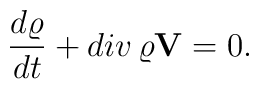
\frac{d\varrho}{dt}+div\,\varrho{\bf V}=0.